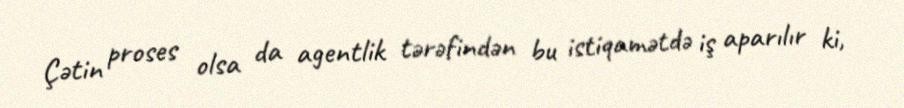
Çətin proses olsa da agentlik tərəfindən bu istiqamətdə iş aparılır ki,